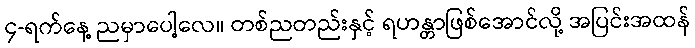
၄-ရက်နေ့ ညမှာပေါ့လေ။ တစ်ညတည်းနှင့် ရဟန္တာဖြစ်အောင်လို့ အပြင်းအထန်